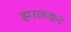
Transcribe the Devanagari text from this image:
झाळकट